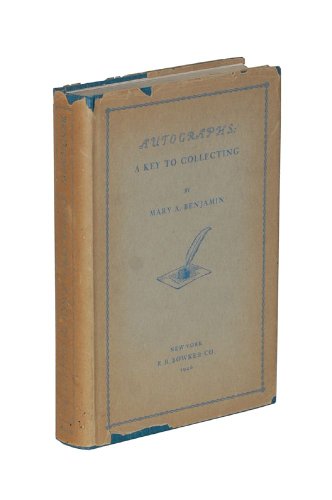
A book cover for Autographs : A Key to Collecting; Mary A. Benjamin; Crafts, Hobbies & Home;